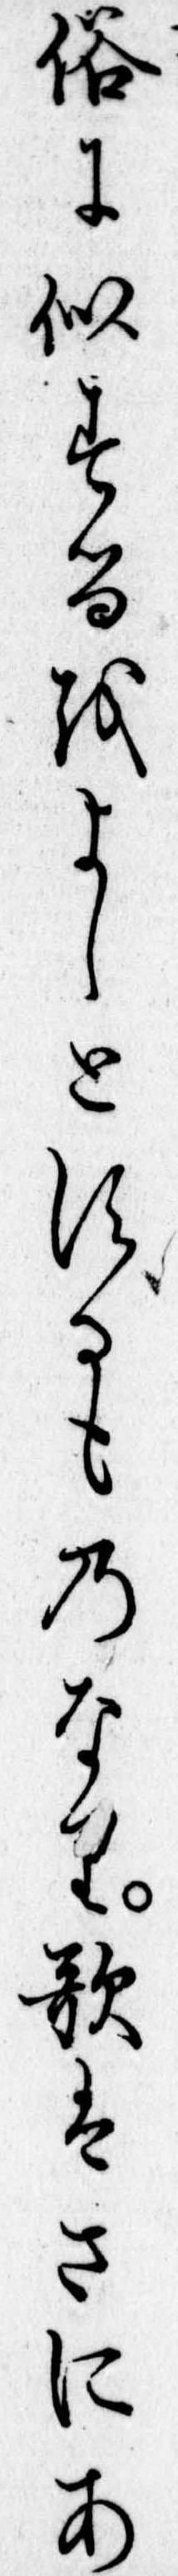
俗に似するをよしとするものなり歌はさにあ